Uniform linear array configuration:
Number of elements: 4
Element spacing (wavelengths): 1
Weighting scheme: hamming
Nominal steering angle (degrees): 60
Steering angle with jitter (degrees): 59.583
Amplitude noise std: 0.05
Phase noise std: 0.05

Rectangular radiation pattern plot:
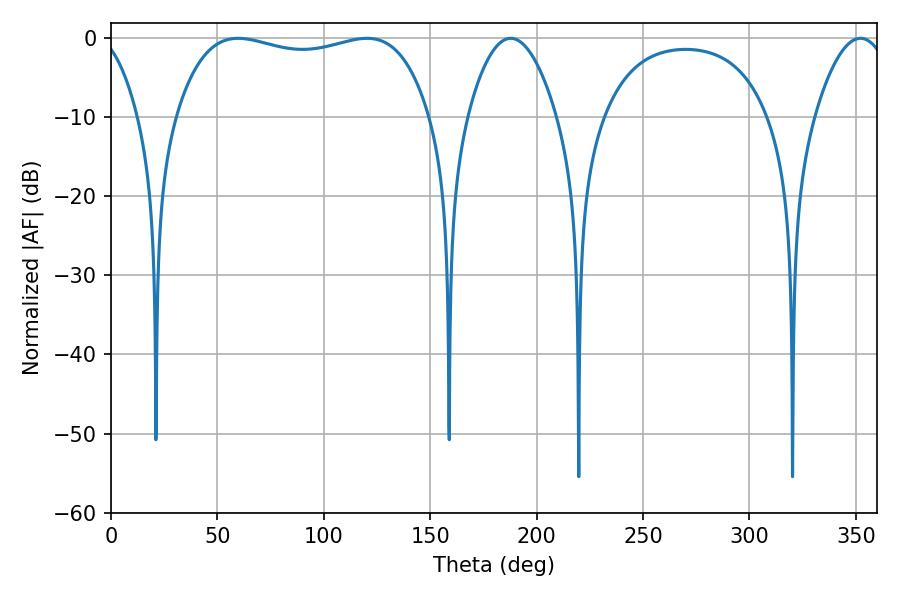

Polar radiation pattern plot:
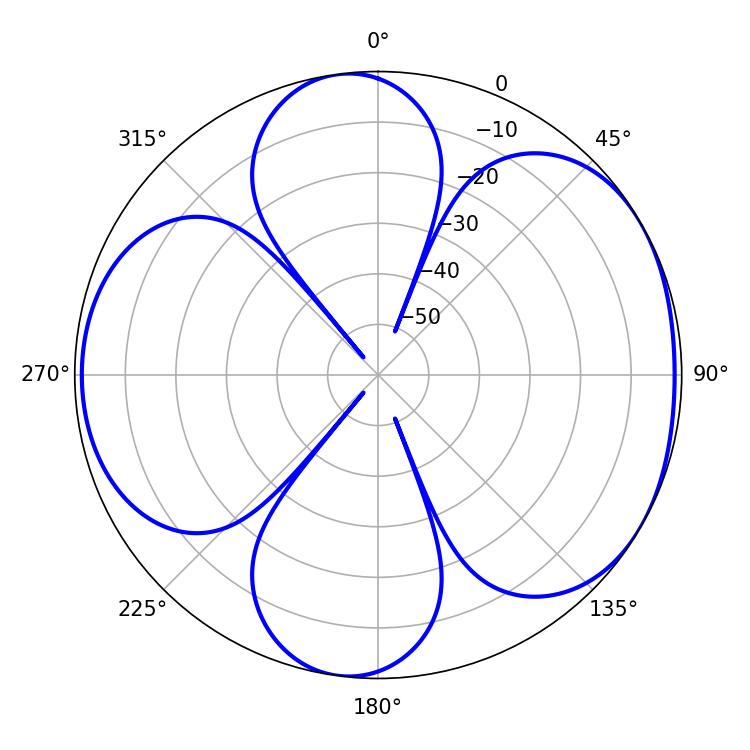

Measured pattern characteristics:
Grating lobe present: TRUE
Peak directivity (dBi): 5.342
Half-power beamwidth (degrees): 96.48
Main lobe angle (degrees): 59.76